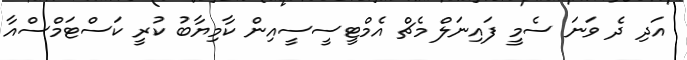
އަދި ދެ ވަނަ ސެމީ ފައިނަލް މެޗް އެމްޓީސީސީއިން ކާމިޔާބު ކުރީ ކަސްޓަމްސްއާ